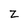
Character: z